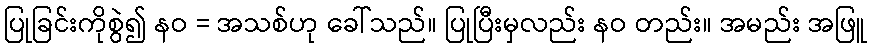
ပြုခြင်းကိုစွဲ၍ နဝ = အသစ်ဟု ခေါ်သည်။ ပြုပြီးမှလည်း နဝ တည်း။ အမည်း အဖြူ